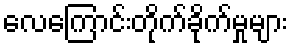
လေကြောင်းတိုက်ခိုက်မှုများ